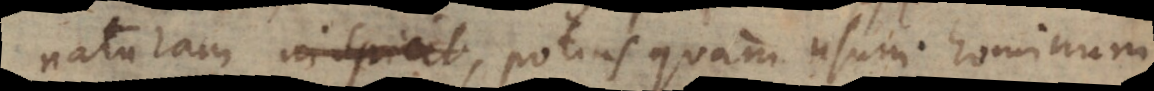
naturam inspicit potius quam usum hominum